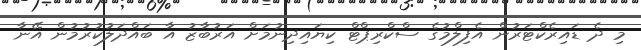
މި ދެ ޑައިރެކްޓަރުން އެފިލްމުގެ ސްކްރިޕްޓް ކިޔައިދިނުމަށް އަރުބާޒު އާ ބައްދަލުކުރުމުން އޭނާ